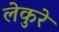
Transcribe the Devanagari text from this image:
लेकुरे